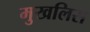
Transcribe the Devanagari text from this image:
मुखलिस